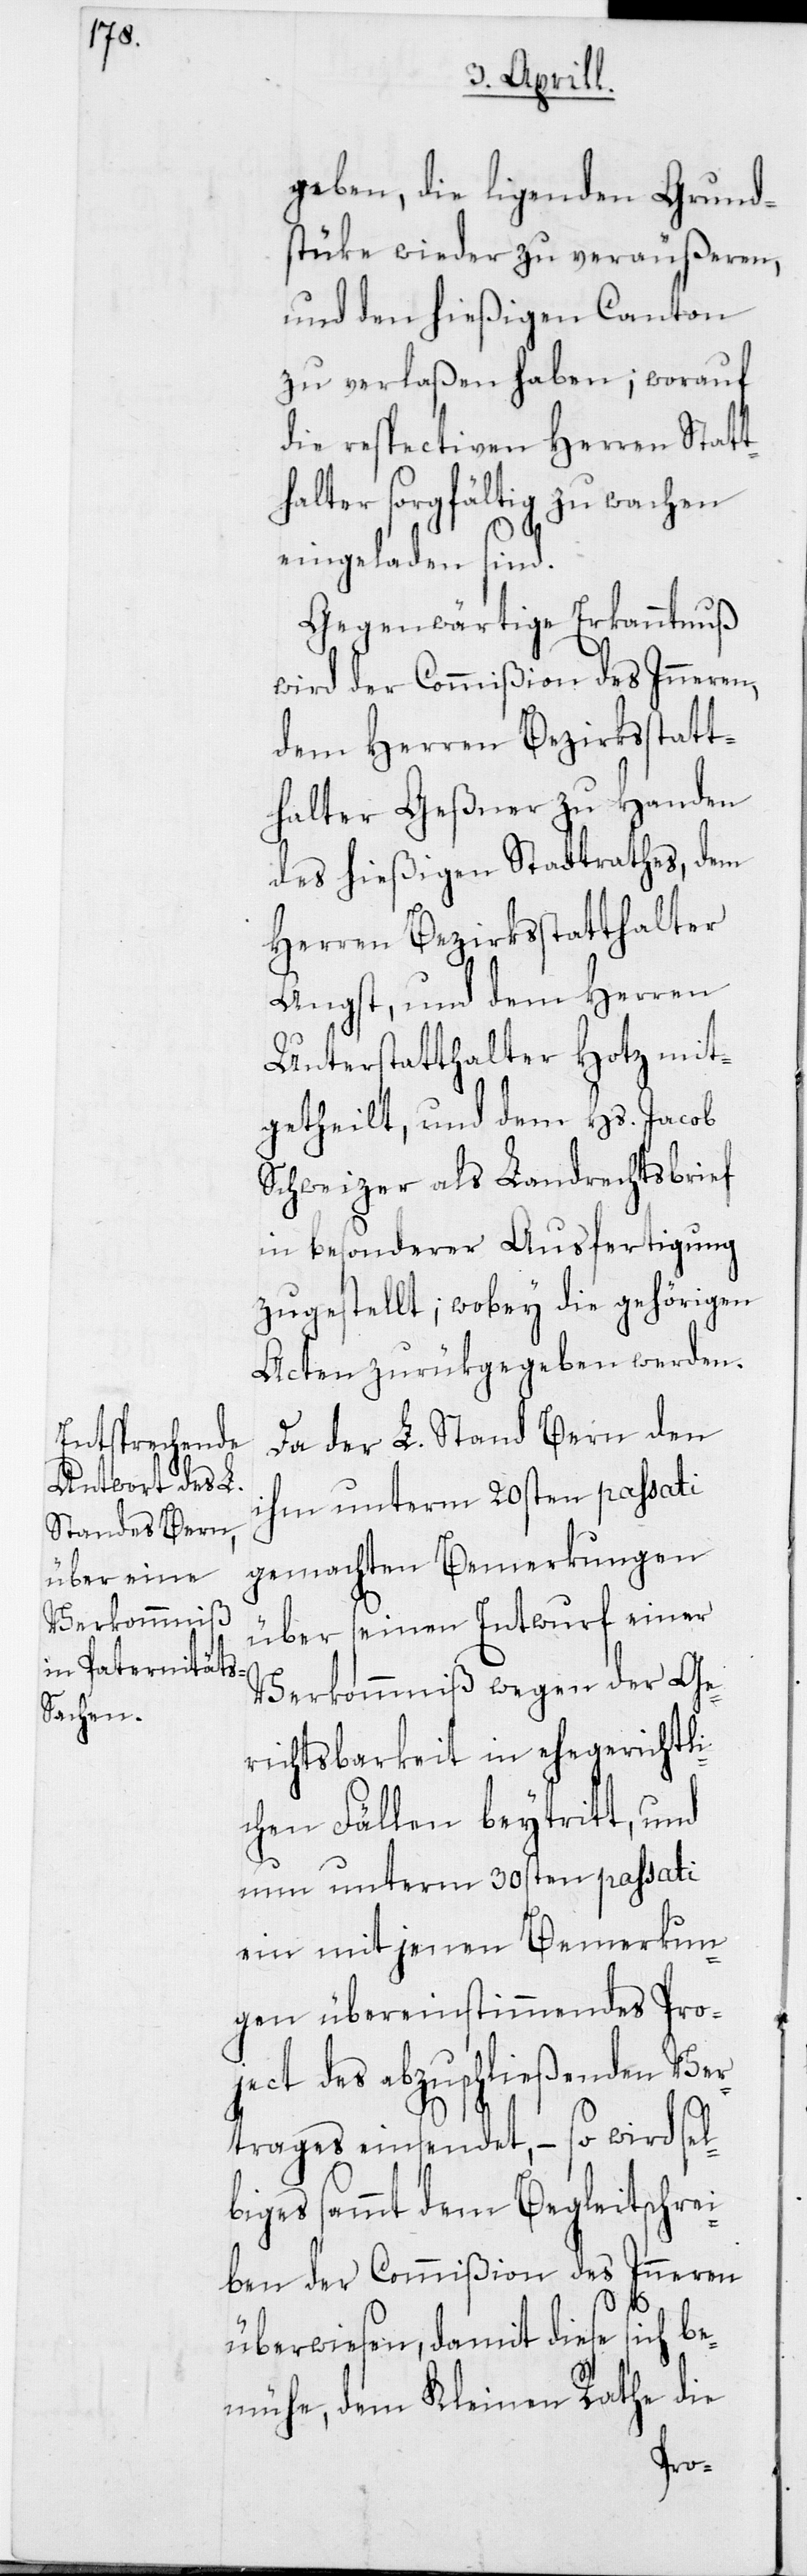
geben, die ligenden Grund¬
stüke wieder zu veräußeren,
und den hießigen Canton
zu verlaßen haben; worauf
die respectiven Herren Statt¬
halter sorgfältig zu wachen
eingeladen sind.
Gegenwärtige Erkanntnuß
wird der Commißion des Inneren,
dem Herren Bezirksstatt¬
halter Geßner zu Handen
des hießigen Stadtrathes, dem
Herren Bezirksstatthalter
Angst, und dem Herren
Unterstatthalter Hotz mit¬
getheilt, und dem Hs. Jacob
Schweizer als Landrechtsbrief
in besonderer Ausfertigung
zugestellt; wobey die gehörigen
Acten zurükgegeben werden.
Da der L. Stand Bern den
ihm unterm 20sten passati
gemachten Bemerkungen
über seinen Entwurf einer
Verkommniß wegen der Ge¬
richtsbarkeit in ehegerichtli¬
chen Fällen beytritt, und
nun unterm 30sten passati
ein mit jenen Bemerkun¬
gen übereinstimmendes Pro¬
ject des abzuschließenden Ver¬
trages einsendet, – so wird sel¬
biges sammt dem Begleitschrei¬
ben der Commißion des Inneren
überwiesen, damit diese sich be¬
mühe, dem Kleinen Rathe die